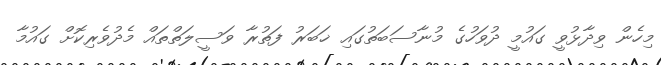
މިހެން ވިދާޅުވީ ގައުމީ ދުވަހުގެ މުނާސަބަތުގައި ޚަބަރު ފަތުރާ ވަސީލަތްތައް މެދުވެރިކޮށް ގައުމާ